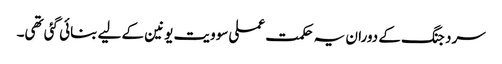
سرد جنگ کے دوران یہ حکمت عملی سوویت یونین کے لیے بنائی گئی تھی۔